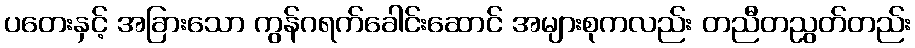
ပတေးနှင့် အခြားသော ကွန်ဂရက်ခေါင်းဆောင် အများစုကလည်း တညီတညွတ်တည်း